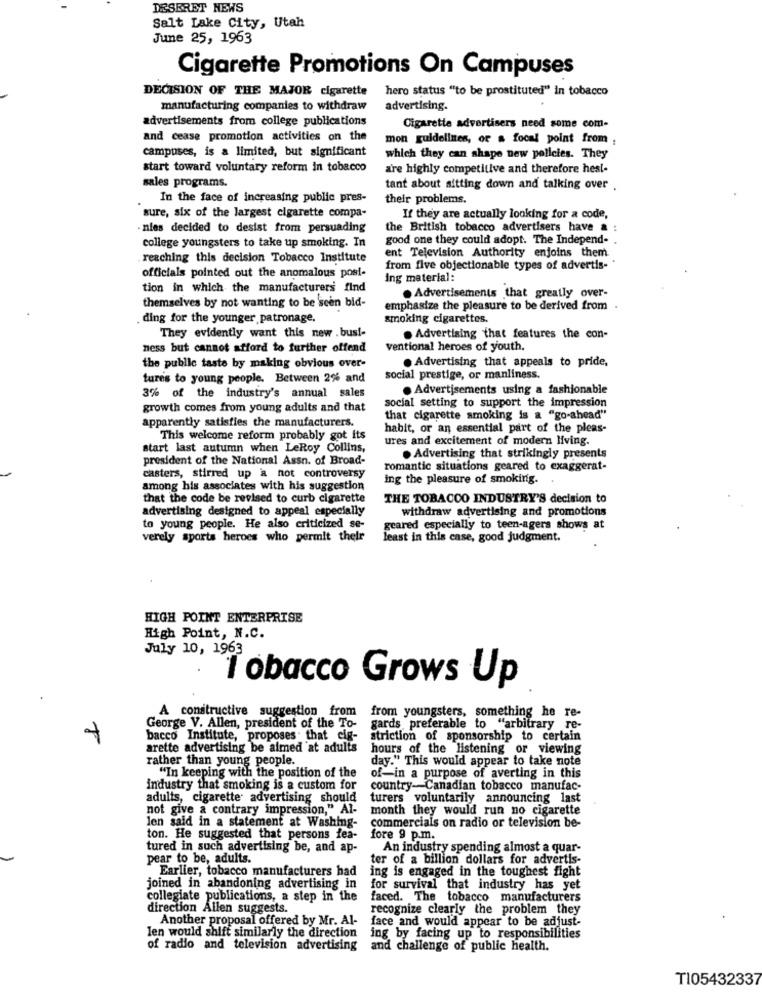
DESERET NEWS
Salt Lake City, Utah
June 25, 1963
Cigarette Promotions On Campuses
DECISION OF THE MAJOR cigarette
hero status "to be prostituted" in tobacco
manufacturing companies to withdraw
advertising.
advertisements from college publications
Cigarette advertisers need some com-
and cease promotion activities on the
mon guidelines, or a focal point from
campuses, is a limited, but significant
which they can shape new policies. They
start toward voluntary reform in tobacco
are highly competitive and therefore hest-
sales programs.
tant about sitting down and talking over
In the face of increasing public pres-
their problems.
sure, six of the largest cigarette compa-
If they are actually looking for a code,
-nies decided to desist from persuading
the British tobacco advertisers have a
good one they could adopt. The Independ-
college youngsters to take up smoking. In
ent Television Authority enjoins them
reaching this decision Tobacco Institute
from five objectionable types of advertis-
officials pointed out the anomalous posi-
ing material:
tion in which the manufacturers find
themselves by not wanting to be seen bid-
. Advertisements that greatly over-
emphasize the pleasure to be derived from .
ding for the younger patronage.
smoking cigarettes.
They evidently want this new . busi-
. Advertising that features the con-
ness but cannot afford to further offend
ventional heroes of youth.
. Advertising that appeals to pride,
the public taste by making obvious over-
tures to young people. Between 2% and
social prestige, or manliness.
. Advertisements using a fashionable
3% of the industry's annual sales
social setting to support the impression
growth comes from young adults and that
apparently satisfies the manufacturers.
that cigarette smoking is a "go-ahead"
habit, or an essential part of the pleas-
This welcome reform probably got its
ures and excitement of modern living.
start last autumn when LeRoy Collins,
president of the National Assn. of Broad-
. Advertising that strikingly presents
romantic situations geared to exaggerat-
casters, stirred up a not controversy
ing the pleasure of smoking.
among his associates with his suggestion
that the code be revised to curb cigarette
THE TOBACCO INDUSTRY'S decision to
advertising designed to appeal especially
withdraw advertising and promotions
to young people. He also criticized se-
geared especially to teen-agera shows at
verely sports heroes who permit their
least in this case, good judgment.
HIGH POINT ENTERPRISE
High Point, N.C.
July 10, 1963
Tobacco Grows Up
A constructive suggestion from
from youngsters, something he re-
George V. Allen, president of the To-
gards preferable to "arbitrary re-
bacco Institute, proposes. that cig-
striction of sponsorship to certain
arette advertising be aimed at adults
hours of the listening or viewing
rather than young people.
day." This would appear to take note
"In keeping with the position of the
of-in a purpose of averting in this
industry that smoking is a custom for
country-Canadian tobacco manufac-
adults, cigarette advertising should
turers voluntarily announcing last
not give a contrary impression," Al-
month they would run no cigarette
len said in a statement at Washing-
commercials on radio or television be-
ton. He suggested that persons fea-
fore 9 p.m.
tured in such advertising be, and ap-
An industry spending almost a quar-
pear to be, adults.
ter of a billion dollars for advertis-
Earlier, tobacco manufacturers had
ing is engaged in the toughest fight
joined in abandoning advertising in
for survival that industry has yet
collegiate publications, a step in the
faced. The tobacco manufacturers
direction Allen suggests.
recognize clearly the problem they
Another proposal offered by Mr. Al-
face and would appear to be adjust-
len would shift similarly the direction
ing by facing up to responsibilities
of radio and television advertising
and challenge of public health.
T105432337